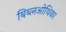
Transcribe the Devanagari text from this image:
बिब्लओथिका